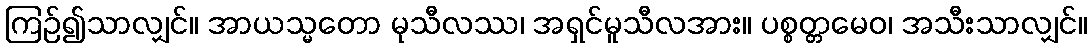
ကြဉ်၍သာလျှင်။ အာယသ္မတော မုသီလဿ၊ အရှင်မူသီလအား။ ပစ္စတ္တမေဝ၊ အသီးသာလျှင်။